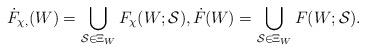
LaTeX: \begin{align*}\dot{F}_{\chi,}(W)=\bigcup_{\mathcal S\in\Xi_W} F_{\chi}(W;\mathcal S),\dot{F}_{}(W)=\bigcup_{\mathcal S\in\Xi_W} F(W;\mathcal S).\end{align*}